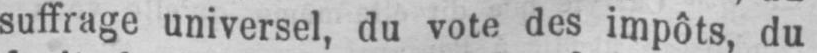
suffrage universel, du vote des impôts, du